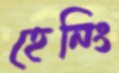
হেনিং